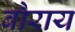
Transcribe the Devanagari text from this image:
बौराय